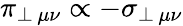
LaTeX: \pi_{\perp\, \mu\nu}\propto-\sigma_{\perp\, \mu\nu}